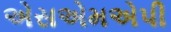
એસએમએપી